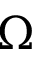
\Omega